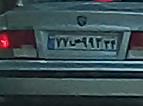
۷۷ص۹۹۳۳۴